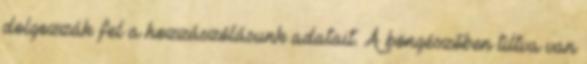
dolgozzák fel a hozzászólásunk adatait. A böngészőben tiltva van